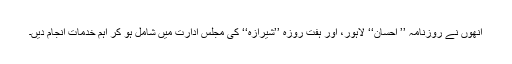
انھوں نے روزنامہ ’’ احسان‘‘ لاہور، اور ہفت روزہ ’’شیرازہ‘‘ کی مجلس ادارت میں شامل ہو کر اہم خدمات انجام دیں۔